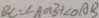
B C = \angle A O B + \angle O A B